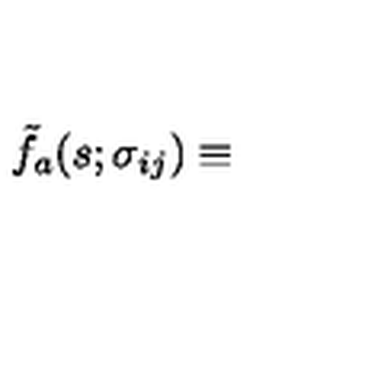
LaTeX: { \tilde { f } } _ { a } ( s ; \sigma _ { i j } ) \equiv